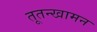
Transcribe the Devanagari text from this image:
तूतन्खामन